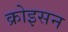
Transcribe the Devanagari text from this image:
क्रोइसन